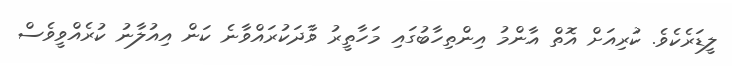
ލީޑަރެކެވެ. ކުރިއަށް އޮތް އާންމު އިންތިހާބުގައި މަހާތީރު ވާދަކުރައްވާނެ ކަން އިއުލާނު ކުރެއްވީވެސް